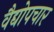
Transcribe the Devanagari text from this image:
वैद्योपचार